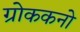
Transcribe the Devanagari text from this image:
ग्रोककनो